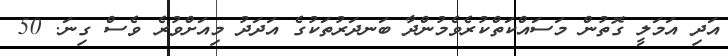
އަދި އަމަލީ ގޮތުން މަސައްކަތްކުރެވެމުންދާ ބަނދަރުތަކުގެ އަދަދު މިއަށްވުރެ ވެސް ގިނަ. 50